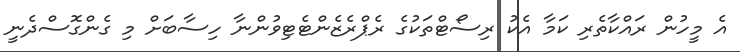
އެ މީހުން ރައްކާތެރި ކަމާ އެކު ރިސޯޓްތަކުގެ ރެޕްރެޒެންޓެޓިވުންނާ ހިސާބަށް މި ގެންގޮސްދެނީ